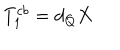
T _ { 1 } ^ { c b } = d _ { Q } X